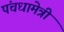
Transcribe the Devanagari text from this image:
पंचधामेत्री